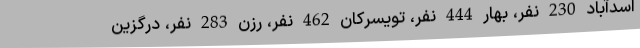
اسدآباد 230 نفر، بهار 444 نفر، تویسرکان 462 نفر، رزن 283 نفر، درگزین